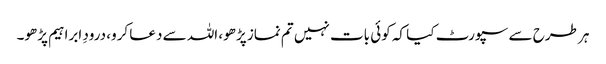
ہر طرح سے سپورٹ کیا کہ کوئی بات نہیں تم نماز پڑھو، اللہ سے دعا کرو، درودِ ابراہیم پڑھو۔